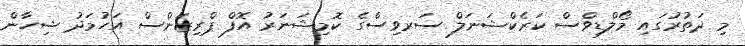
މި ދަތުރުގައި މޯލްޑިވްސް ކަރެކްޝަނަލް ސަރވިސްގެ ކޮމިޝަނަރު އޮފް ޕްރިޒަންސް އަހުމަދު ޝިހާން